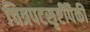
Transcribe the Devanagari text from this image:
चित्रपटसृष्टींपैकी